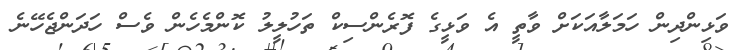
ވަޅިންދިން ހަމަލާއަކަށް ވާތީ އެ ވަޅީގެ ފޮރެންސިކް ތަހުލީލު ކޮންމެހެން ވެސް ހަދަންޖެހޭނެ